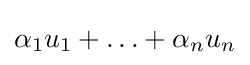
\alpha _{1}u_{1}+\ldots +\alpha _{n}u_{n}